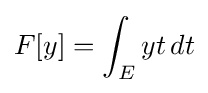
F[y]=\int _{E}yt\,dt